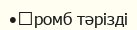
•	ромб тәрізді